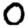
Digit: 0